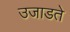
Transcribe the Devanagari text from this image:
उजाडते